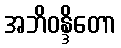
အဘိဝန္ဒိတော